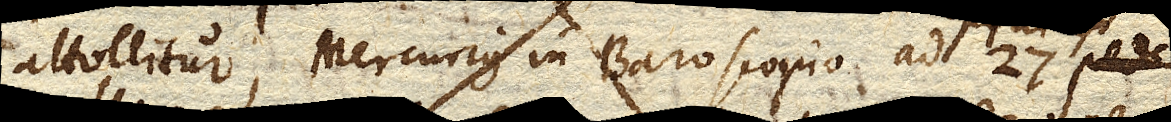
attollitur, Mercurius in Baroscopio ad 27